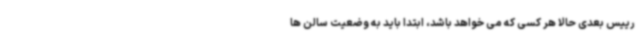
رییس بعدی حالا هر کسی که می خواهد باشد، ابتدا باید به وضعیت سالن ها